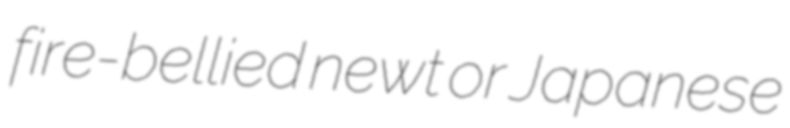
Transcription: fire-bellied newt or Japanese